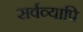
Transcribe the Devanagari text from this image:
सर्वव्यापि